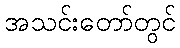
အသင်းတော်တွင်